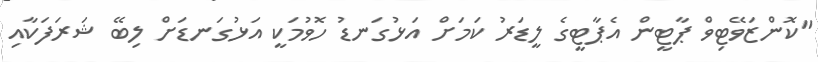
"ކޮންޒަވޭޓިވް ޕާޓީން އެޕާޓީގެ ލީޑަރު ކަމަށް އަޅުގަނޑު ހޮވުމަކީ އަޅުގަނޑަށް ލިބޭ ޝަރަފަކާއި